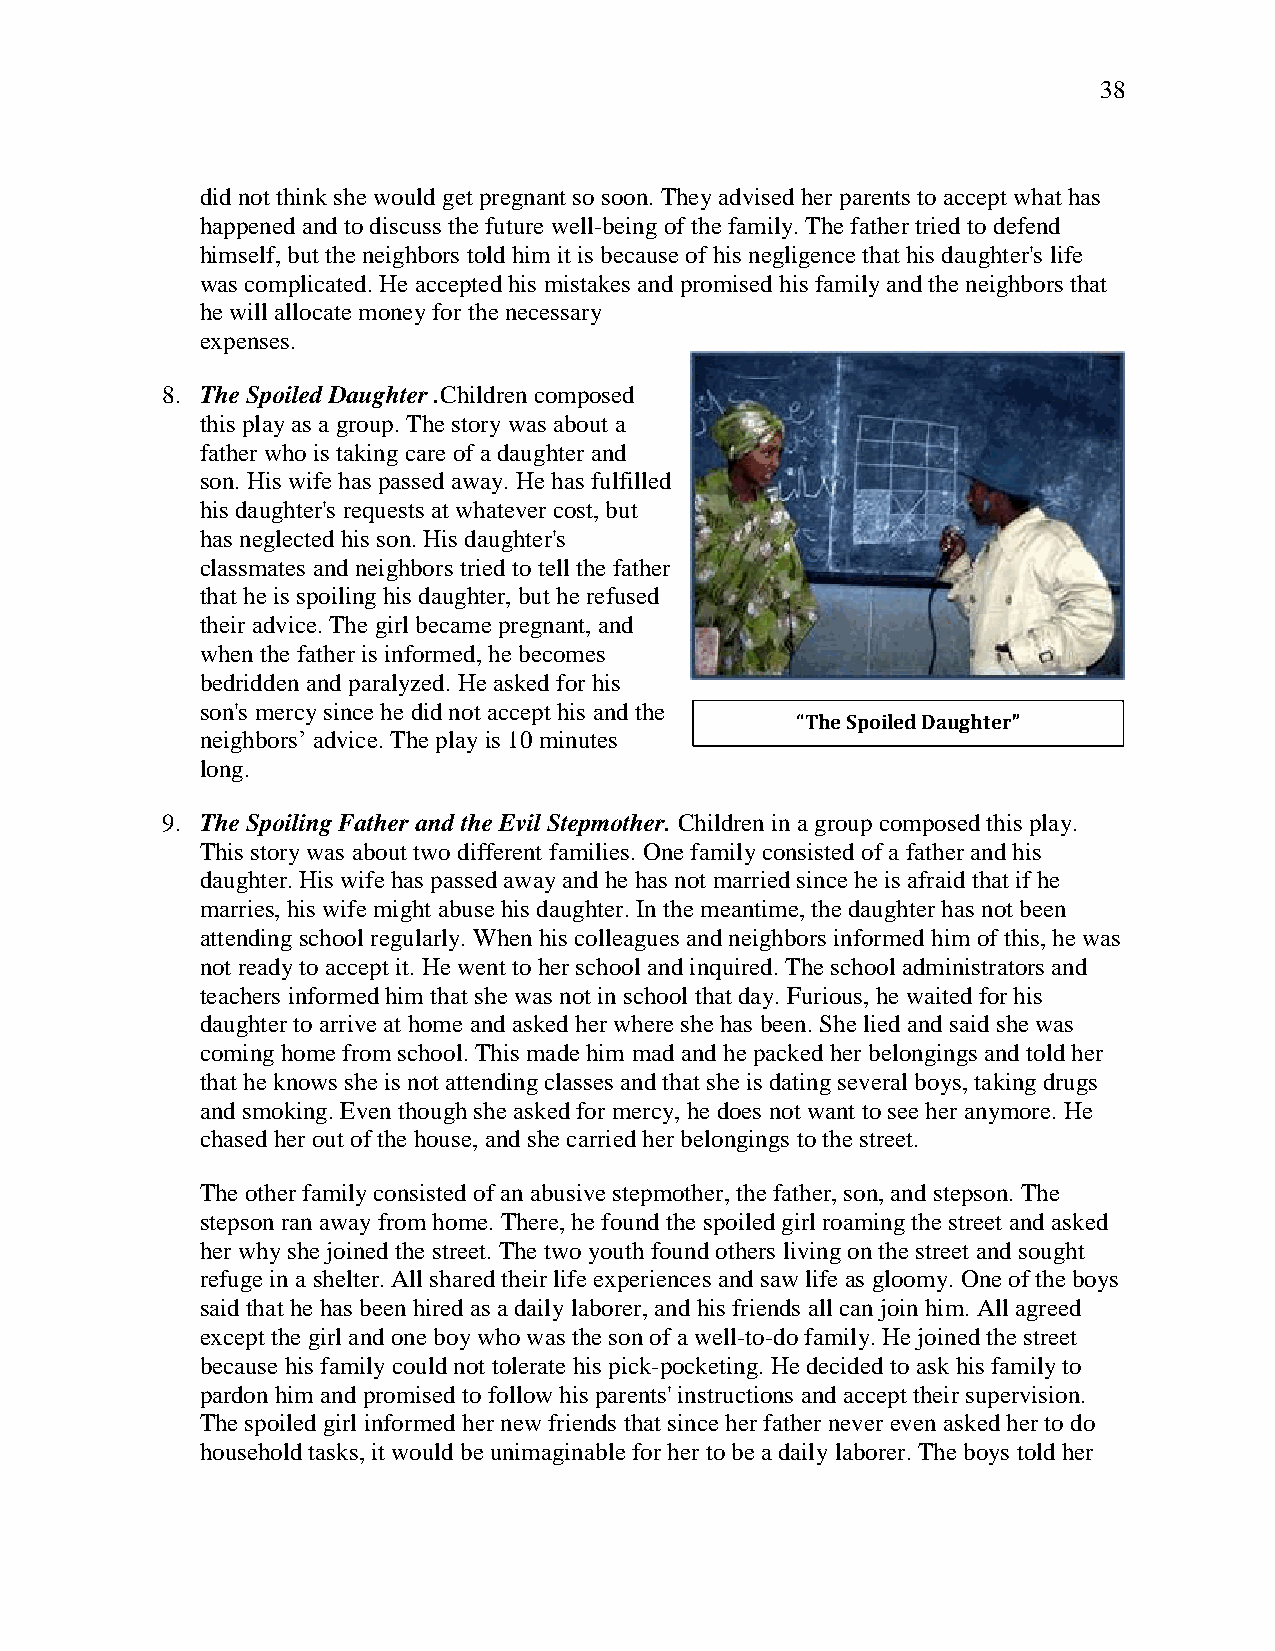
38
 did not think she would get pregnant so soon. They advised her parents to accept what has
 happened and to discuss the future well-being of the family. The father tried to defend
 himself, but the neighbors told him it is because of his negligence that his daughter's life
 was complicated. He accepted his mistakes and promised his family and the neighbors that
 he will allocate money for the necessary
 expenses.
 8. The Spoiled Daughter .Children composed
 this play as a group. The story was about a
 father who is taking care of a daughter and
 son. His wife has passed away. He has fulfilled
 his daughter's requests at whatever cost, but
 has neglected his son. His daughter's
 classmates and neighbors tried to tell the father
 that he is spoiling his daughter, but he refused
 their advice. The girl became pregnant, and
 when the father is informed, he becomes
 bedridden and paralyzed. He asked for his
 son's mercy since he did not accept his and the
 “The Spoiled Daughter”
 neighbors‘ advice. The play is 10 minutes
 long.
 9. The Spoiling Father and the Evil Stepmother. Children in a group composed this play.
 This story was about two different families. One family consisted of a father and his
 daughter. His wife has passed away and he has not married since he is afraid that if he
 marries, his wife might abuse his daughter. In the meantime, the daughter has not been
 attending school regularly. When his colleagues and neighbors informed him of this, he was
 not ready to accept it. He went to her school and inquired. The school administrators and
 teachers informed him that she was not in school that day. Furious, he waited for his
 daughter to arrive at home and asked her where she has been. She lied and said she was
 coming home from school. This made him mad and he packed her belongings and told her
 that he knows she is not attending classes and that she is dating several boys, taking drugs
 and smoking. Even though she asked for mercy, he does not want to see her anymore. He
 chased her out of the house, and she carried her belongings to the street.
 The other family consisted of an abusive stepmother, the father, son, and stepson. The
 stepson ran away from home. There, he found the spoiled girl roaming the street and asked
 her why she joined the street. The two youth found others living on the street and sought
 refuge in a shelter. All shared their life experiences and saw life as gloomy. One of the boys
 said that he has been hired as a daily laborer, and his friends all can join him. All agreed
 except the girl and one boy who was the son of a well-to-do family. He joined the street
 because his family could not tolerate his pick-pocketing. He decided to ask his family to
 pardon him and promised to follow his parents' instructions and accept their supervision.
 The spoiled girl informed her new friends that since her father never even asked her to do
 household tasks, it would be unimaginable for her to be a daily laborer. The boys told her